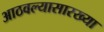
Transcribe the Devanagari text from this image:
आठवल्यासारख्या